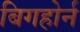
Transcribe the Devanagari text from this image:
बिगहोर्न